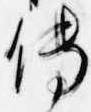
伝